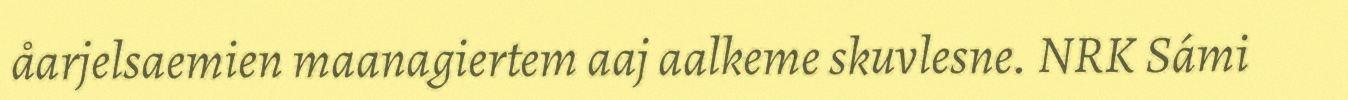
åarjelsaemien maanagiertem aaj aalkeme skuvlesne. NRK Sámi